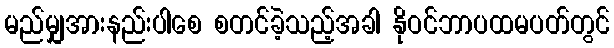
မည်မျှအားနည်းပါစေ စတင်ခဲ့သည့်အခါ နိုဝင်ဘာပထမပတ်တွင်